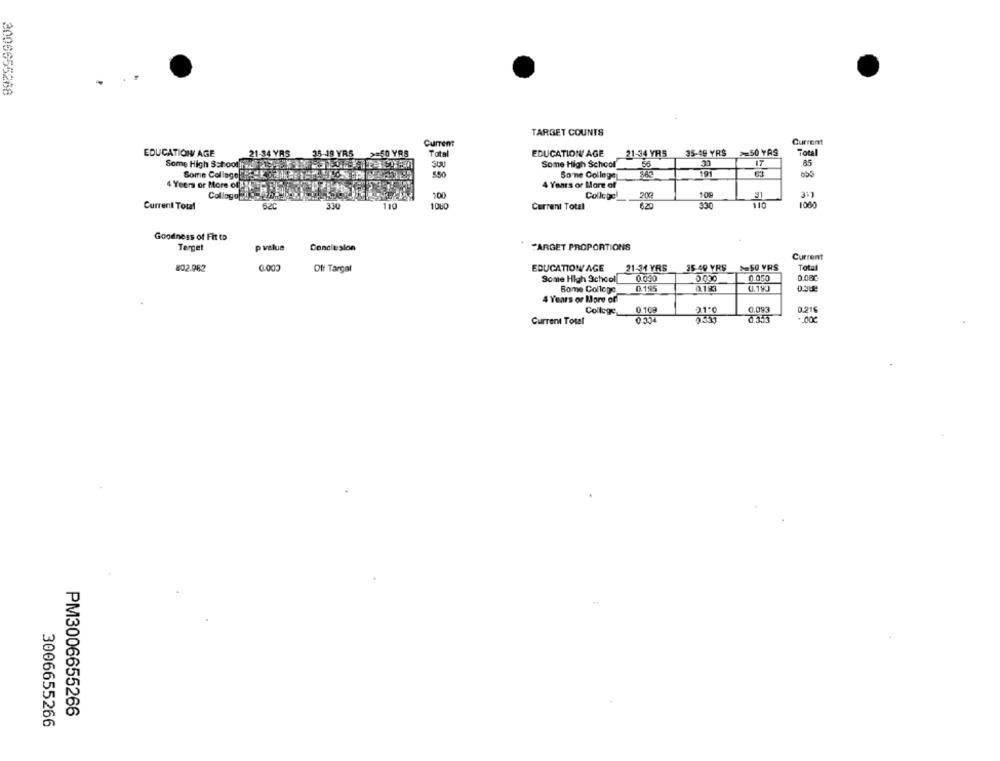
2006655268
TARGET COUNTS
Current
Current
EDUCATION AGE
21-34 YRS
35-49 YR5
Total
EDUCATION AGE
21-34 YRS
35-49 YRS
50 YAS
Total
Some High SchoolteAsy 7-11EN
SOU
Some High School
30
17
85
Some Col logo!"51
550
Somne College
191
4 Years or More ofEXETEREL
4 Years or More of
Collogoni :
Collohel
200
105
31
3:1
Current Total
6.20
330
1080
6.20
330
1080
Current Total
Goodness of Fit to
Target
p value
Conclusion
TARGET PROPORTIONS
Current
EDUCATION AGE
21-31 YRS
35-49 YRS
=50 YRS
Total
502.982
0.000
Off Target
Some High School
0.030
6.000
0.050
Bome College
0.195
4 Years or More of
College
0.109
2.1ª℃
0.093
0.21
0.334
Current Total
PM3006655266
3006655266